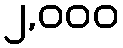
၂,၀၀၀